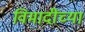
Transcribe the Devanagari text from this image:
विमादींच्या